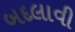
બદલાવી